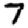
Digit: 7